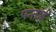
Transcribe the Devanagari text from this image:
पन्ताई